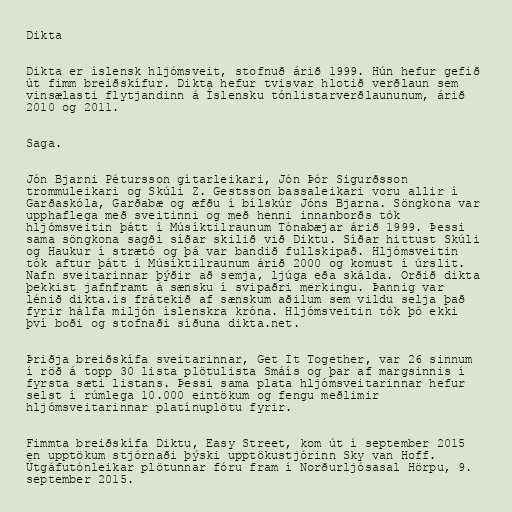
Dikta

Dikta er íslensk hljómsveit, stofnuð árið 1999. Hún hefur gefið
út fimm breiðskífur. Dikta hefur tvisvar hlotið verðlaun sem
vinsælasti flytjandinn á Íslensku tónlistarverðlaununum, árið
2010 og 2011.

Saga.

Jón Bjarni Pétursson gítarleikari, Jón Þór Sigurðsson
trommuleikari og Skúli Z. Gestsson bassaleikari voru allir í
Garðaskóla, Garðabæ og æfðu í bílskúr Jóns Bjarna. Söngkona var
upphaflega með sveitinni og með henni innanborðs tók
hljómsveitin þátt í Músíktilraunum Tónabæjar árið 1999. Þessi
sama söngkona sagði síðar skilið við Diktu. Síðar hittust Skúli
og Haukur í strætó og þá var bandið fullskipað. Hljómsveitin
tók aftur þátt í Músíktilraunum árið 2000 og komust í úrslit.
Nafn sveitarinnar þýðir að semja, ljúga eða skálda. Orðið dikta
þekkist jafnframt á sænsku í svipaðri merkingu. Þannig var
lénið dikta.is frátekið af sænskum aðilum sem vildu selja það
fyrir hálfa miljón íslenskra króna. Hljómsveitin tók þó ekki
því boði og stofnaði síðuna dikta.net.

Þriðja breiðskífa sveitarinnar, Get It Together, var 26 sinnum
í röð á topp 30 lista plötulista Smáís og þar af margsinnis í
fyrsta sæti listans. Þessi sama plata hljómsveitarinnar hefur
selst í rúmlega 10.000 eintökum og fengu meðlimir
hljómsveitarinnar platínuplötu fyrir.

Fimmta breiðskífa Diktu, Easy Street, kom út í september 2015
en upptökum stjórnaði þýski upptökustjórinn Sky van Hoff.
Útgáfutónleikar plötunnar fóru fram í Norðurljósasal Hörpu, 9.
september 2015.